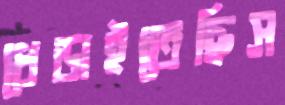
ধেড়াইতেছিস